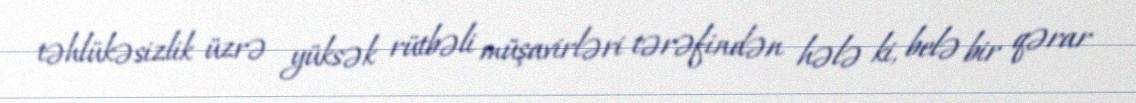
təhlükəsizlik üzrə yüksək rütbəli müşavirləri tərəfindən hələ ki, belə bir qərar